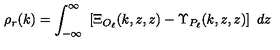
\rho _ { r } ( k ) = \int _ { - \infty } ^ { \infty } \ \left[ \Xi _ { O _ { \ell } } ( k , z , z ) - \Upsilon _ { P _ { \ell } } ( k , z , z ) \right] \ d z